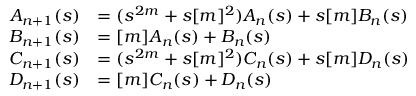
\begin{array} { r l } { A _ { n + 1 } ( s ) } & { = ( s ^ { 2 m } + s [ m ] ^ { 2 } ) A _ { n } ( s ) + s [ m ] B _ { n } ( s ) } \\ { B _ { n + 1 } ( s ) } & { = [ m ] A _ { n } ( s ) + B _ { n } ( s ) } \\ { C _ { n + 1 } ( s ) } & { = ( s ^ { 2 m } + s [ m ] ^ { 2 } ) C _ { n } ( s ) + s [ m ] D _ { n } ( s ) } \\ { D _ { n + 1 } ( s ) } & { = [ m ] C _ { n } ( s ) + D _ { n } ( s ) } \end{array}